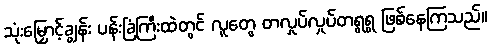
သုံးမြှောင့်ချွန်း ပန်းခြံကြီးထဲတွင် လူတွေ တလှုပ်လှုပ်တရွရွ ဖြစ်နေကြသည်။